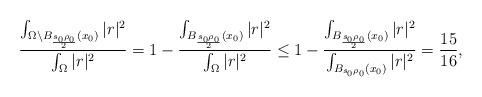
LaTeX: \begin{align*} \frac{\int_{\Omega\setminus B_{\frac{s_0\rho_0}{2}}(x_0)}|r|^2}{\int_\Omega |r|^2} = 1 - \frac{\int_{B_{\frac{s_0\rho_0}{2}}(x_0)}|r|^2}{\int_\Omega |r|^2}\leq 1- \frac{\int_{B_{\frac{s_0\rho_0}{2}}(x_0)}|r|^2}{\int_{B_{s_0\rho_0}(x_0)} |r|^2}=\frac{15}{16},\end{align*}